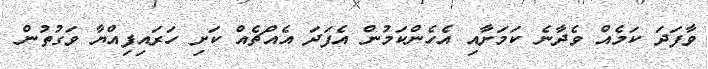
ވާފަދަ ކަމެއް ވެދާނެ ކަމަށާއި އެހެންކަމުން އެފަދަ އެއްޗެއް ކަށި ހަރައިފިއްޔާ ވަގުތުން